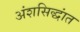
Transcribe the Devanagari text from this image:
अंशसिद्धांत